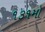
૧૩૧મો